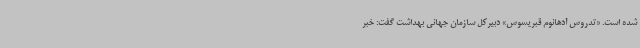
شده است. «تدروس آدهانوم قبریسوس» دبیرکل سازمان جهانی بهداشت گفت: خبر